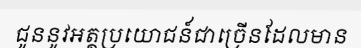
ជូននូវអត្ថប្រយោជន៍ជាច្រើនដែលមាន